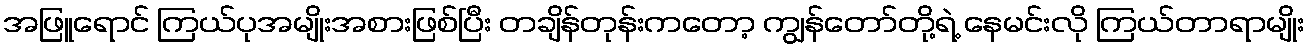
အဖြူရောင် ကြယ်ပုအမျိုးအစားဖြစ်ပြီး တချိန်တုန်းကတော့ ကျွန်တော်တို့ရဲ့ နေမင်းလို ကြယ်တာရာမျိုး